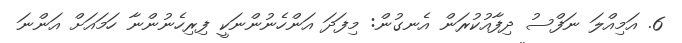
6. އަމިއްލަ ނަފްސު ދިފާއުކުރަން އެނގުން: މިފަދަ އަންހެނުންނަކީ ފިރިހެނުންނާ ހަމައަށް އަންނަ